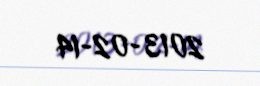
2013-02-14